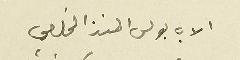
الاب بولس المنذر المخلصي